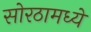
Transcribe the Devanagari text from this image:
सोरठामध्ये